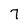
Character: 7